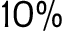
1 0 \%